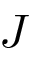
J